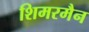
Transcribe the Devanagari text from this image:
शिमरमैन